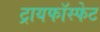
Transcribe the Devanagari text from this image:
ट्रायफॉस्फेट